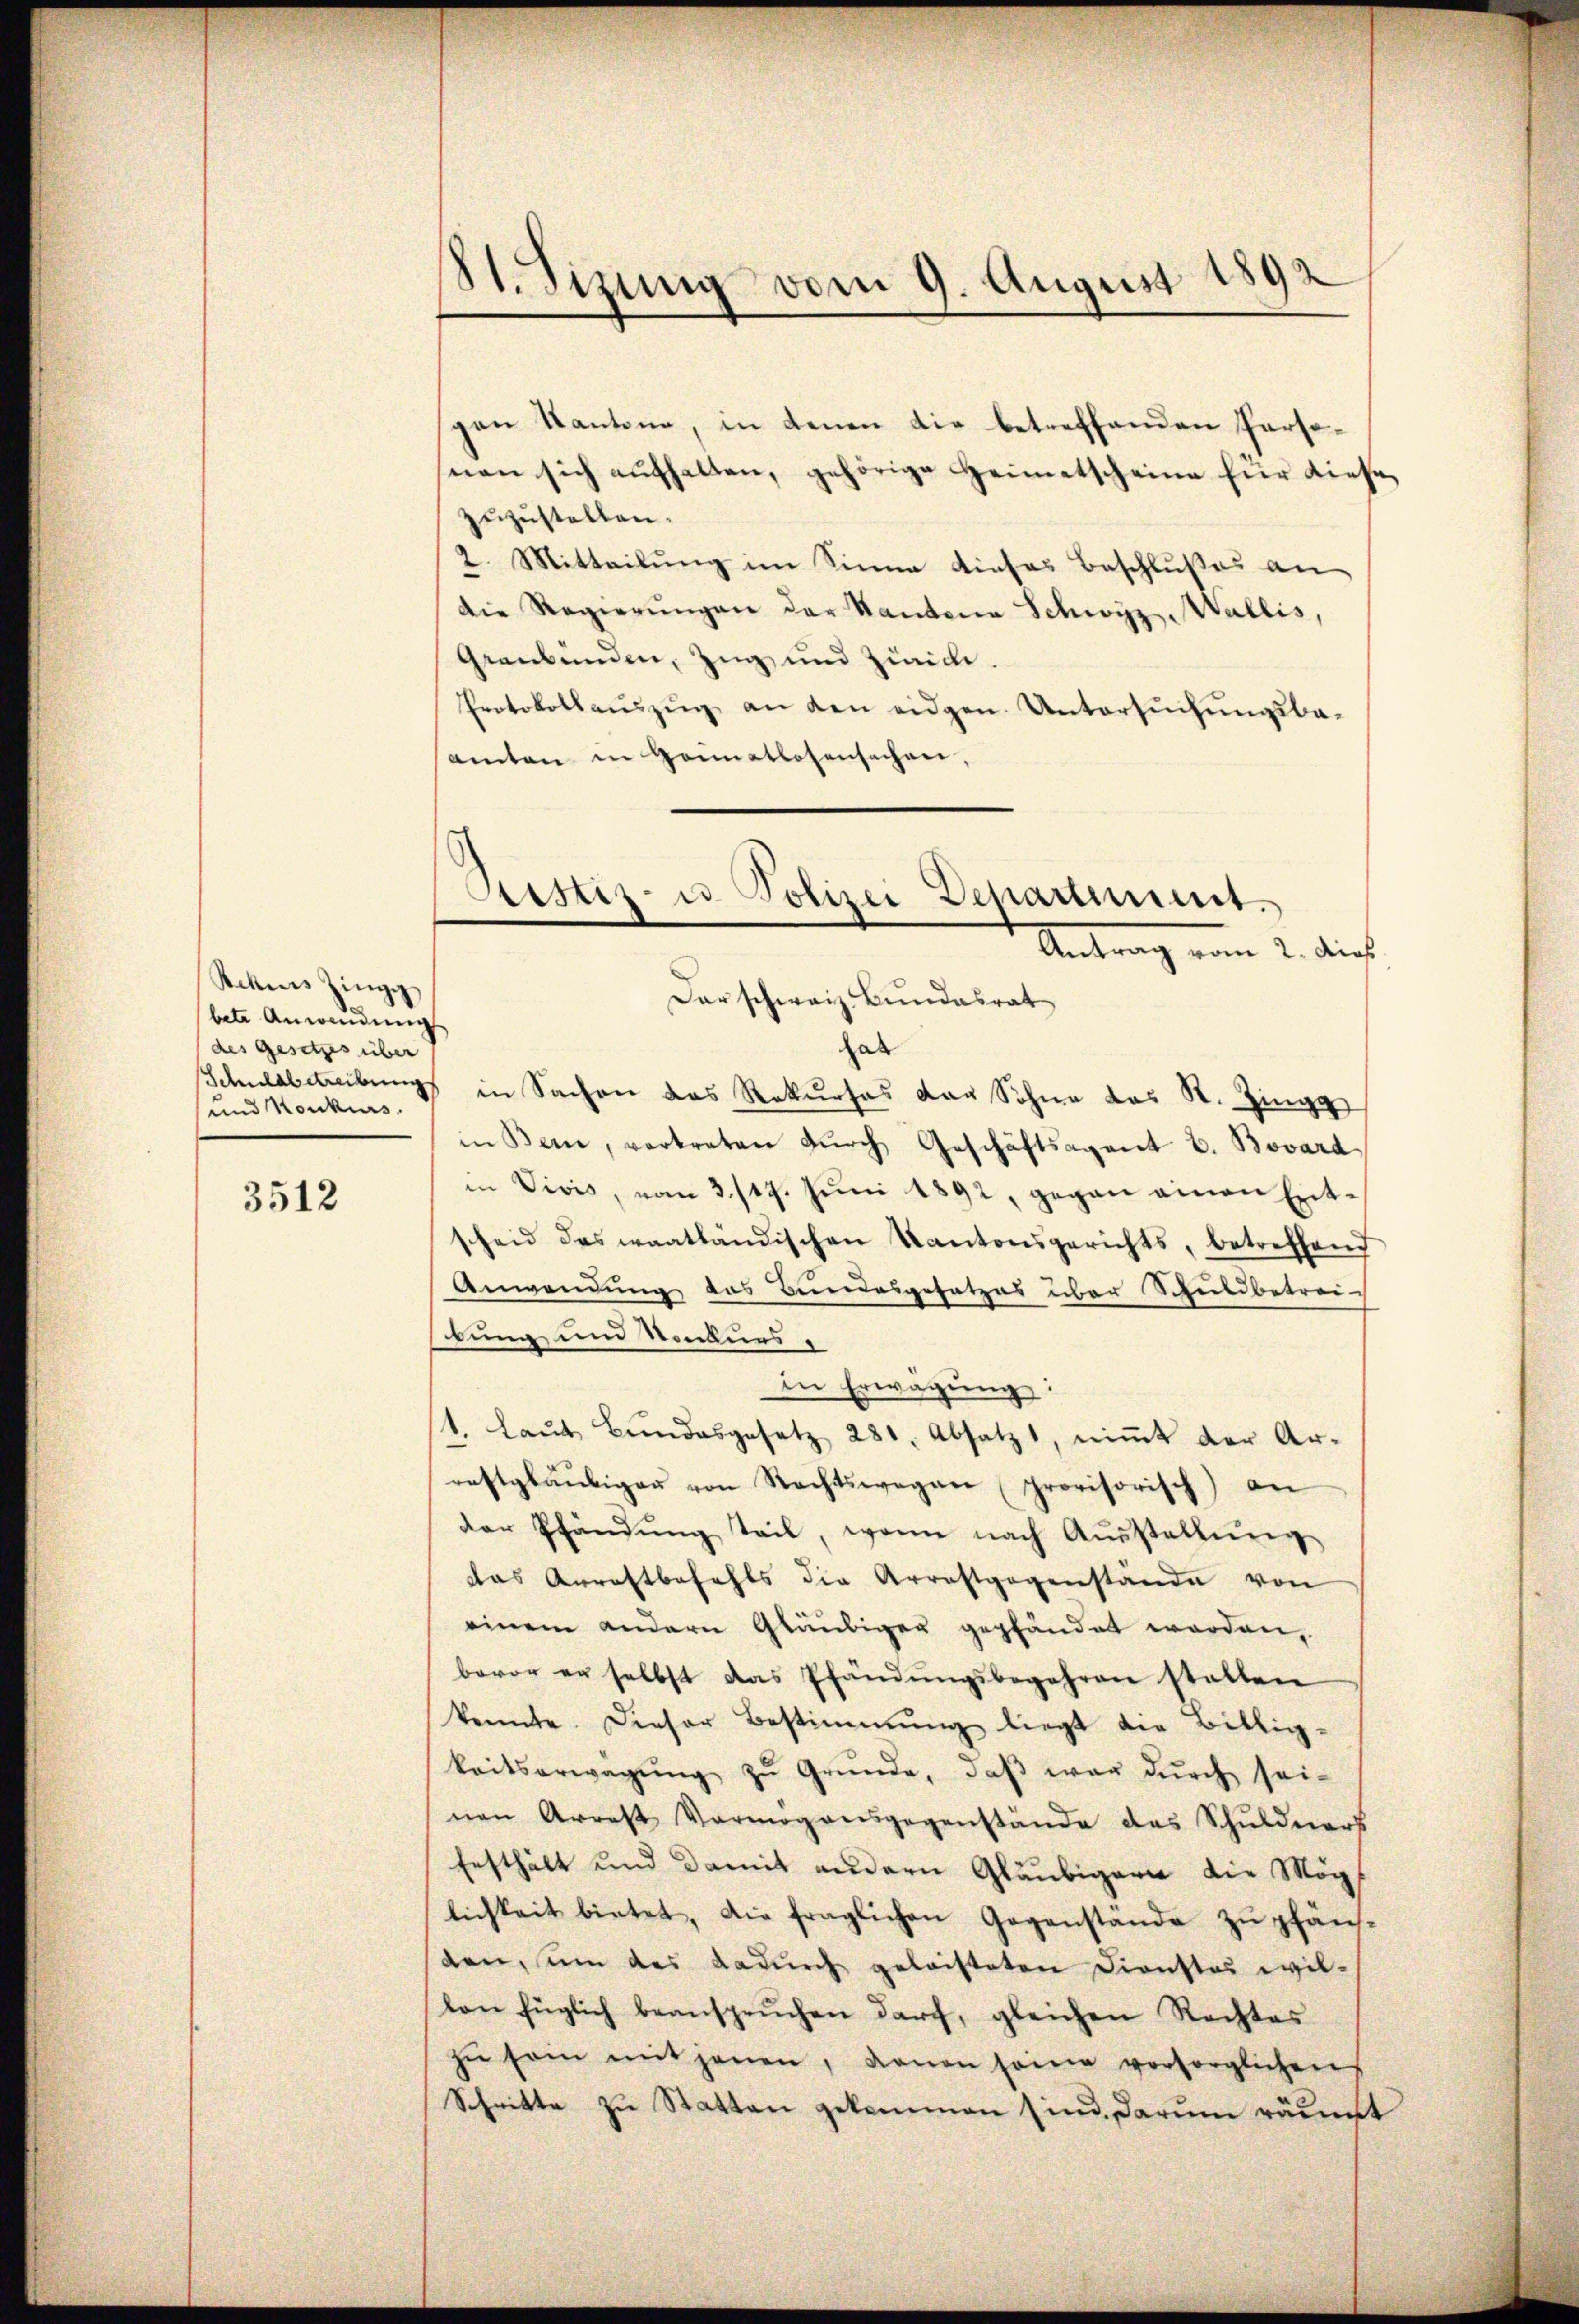
Sehns Zingg
bete Anwendŭng
des Gesetzes über
und Konkurs.

3512

81. Sizung vom 9. August 1892

gen Kantone, in denen die betreffenden Persosnen sich aufhalten, gehörige Heimetscheine für diese
zuzustellen.
2. Mitteilung im Sinne dieses Beschlußes an
die Regierŭngen der Kantone Schwyz, Wallis,
Graubünden, Zug und Zürich.
Protokollaŭszŭg an den eidgen. Untersŭchŭngsbe-
samten in Heimatlosensachen,
hab
Schuldbetreibungs in Sachen das Rekurses das Sohne das R. Zingg
in Bern, vertreten durch Geschäftsagent b. Bovard
in Vivis, vom 3./19. Jŭni 1892, gegen einen Entscheid des waatländischen Kantonsgerichts, betreffend
Anwendung des Bundesgesetzes über Schuldbetrei-
bung und Konkurs
In Erwägŭng:
/1. Laŭt Bŭndesgesetz 281. Absatz, niṁt der Ar-
reftgläubiger von Rechtswegen (provisorisch) an
der Pfändŭng teil, wenn nach Aŭsstellŭng
das Anrattbefehls die Arrestgegenstände von
einem andern Gläubiger gepfandet worden,
bevor er selbst das Pfändungsbegehren statten
konnte. Dieser Bestimmŭng liegt die Billig-
keitserwägŭng zŭ Gründe, daβ war dŭrch sei-
nen Arrest Vermögensgegenstände des Schuldners
Ersthält und damit andern Gläubigern die Mögl
lichkeit bietet, die fraglichen Gegenstände zŭ pfän-
den, um das dadurch geleisteten Dienstes wilvon füglich beansprŭchen darf, gleichen Rechtes
zŭ sein mit jenen, danen seine vorsorglichens
Schritte zu Statten gekommen sind, darum räumt

Justiz- u Polizei Depariet.
Aentrag vom 2. dies
Dar schweiz Bundesrat